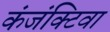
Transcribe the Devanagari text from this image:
कंजंक्टिवा